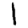
Digit: 1